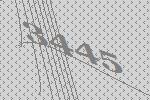
3445